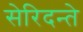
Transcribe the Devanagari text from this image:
सेरिदन्ते